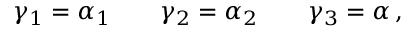
\gamma _ { 1 } = \alpha _ { 1 } \qquad \gamma _ { 2 } = \alpha _ { 2 } \qquad \gamma _ { 3 } = \alpha \, ,